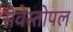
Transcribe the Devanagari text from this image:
सेवेस्तोपल